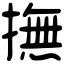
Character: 撫